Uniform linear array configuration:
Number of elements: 48
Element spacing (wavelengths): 1
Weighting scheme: hann
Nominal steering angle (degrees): -15
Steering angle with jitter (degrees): -14.468
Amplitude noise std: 0.05
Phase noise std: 0.05

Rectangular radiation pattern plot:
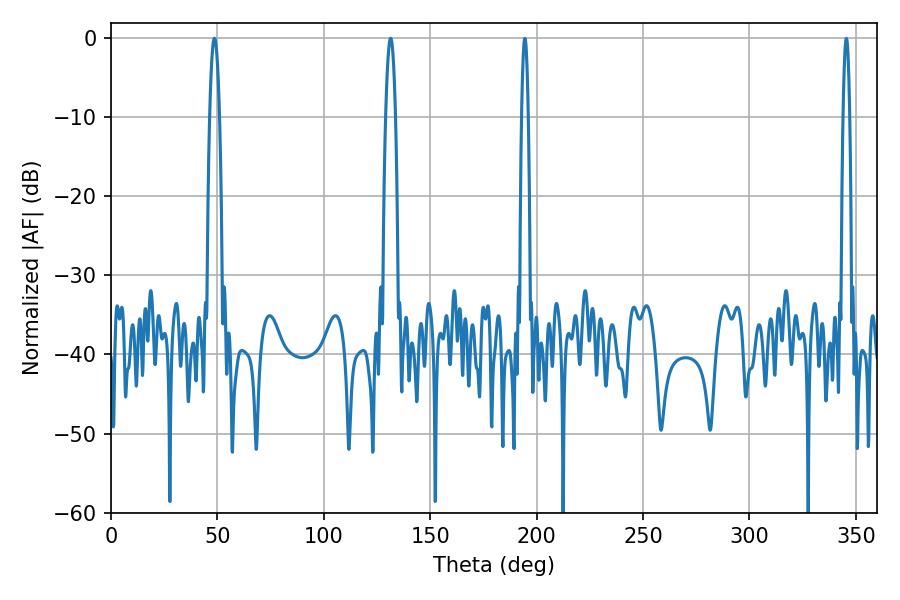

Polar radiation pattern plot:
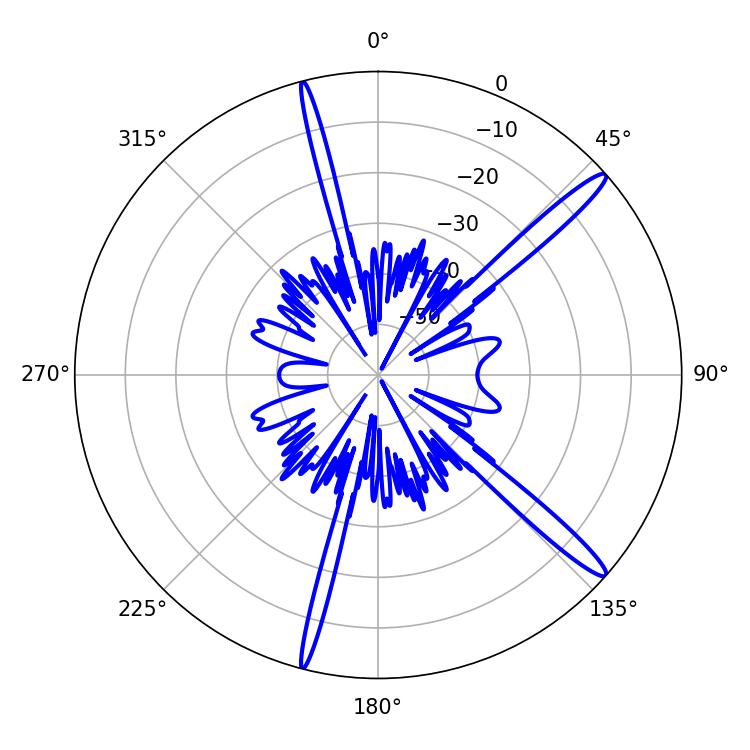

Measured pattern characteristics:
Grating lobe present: TRUE
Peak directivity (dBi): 15.506
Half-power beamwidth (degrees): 2.52
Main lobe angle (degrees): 48.6